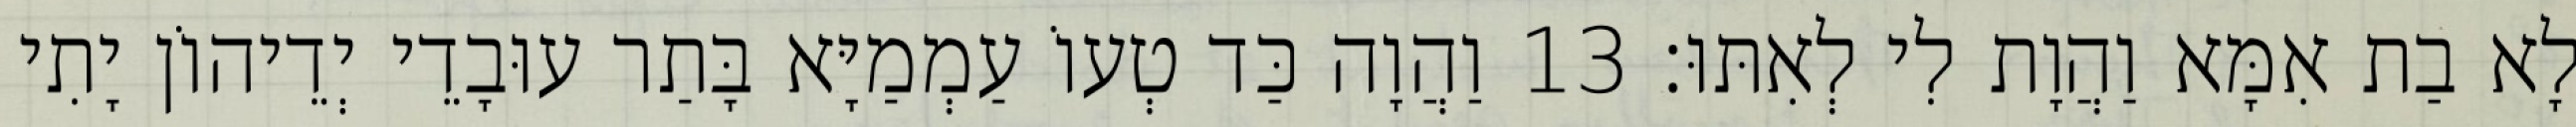
לָא בַת אִמָּא וַהֲוָת לִי לְאִתּוּ׃ 13 וַהֲוָה כַּד טְעוֹ עַמְמַיָּא בָּתַר עוּבָדֵי יְדֵיהוֹן יָתִי